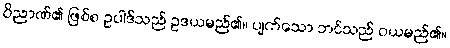
ဝိညာဏ်၏ ဖြစ်စ ဥပါဒ်သည် ဥဒယမည်၏။ ပျက်သော ဘင်သည် ဝယမည်၏။